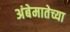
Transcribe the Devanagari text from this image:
अंबेमातेच्या